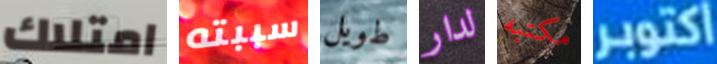
امتلاك سببته طويل لدار مكتبه اكتوبر